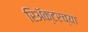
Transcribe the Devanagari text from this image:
रिॲक्टरच्या